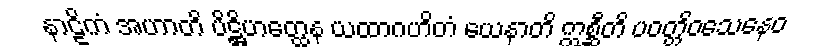
နာဠိကံ အဟာတိ ပိဋ္ဌိဟတ္ထေန ယထာဂဟိတံ ယေနာတိ ဣစ္ဆီတိ ပဝတ္တိဝသေနေဝ